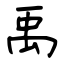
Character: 禹